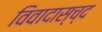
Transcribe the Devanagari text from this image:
विवादास्च्द